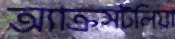
অ্যাক্রসটলিয়া